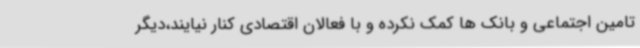
تامین اجتماعی و بانک ها کمک نکرده و با فعالان اقتصادی کنار نیایند،دیگر